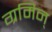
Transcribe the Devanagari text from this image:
ग्रमिन्